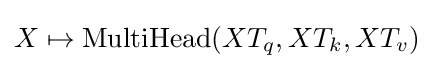
X\mapsto {\text{MultiHead}}(XT_{q},XT_{k},XT_{v})